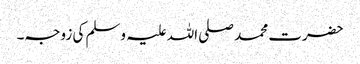
حضرت محمد صلی اللہ علیہ وسلم کی زوجہ۔